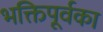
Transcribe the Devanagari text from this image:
भक्तिपूर्वका